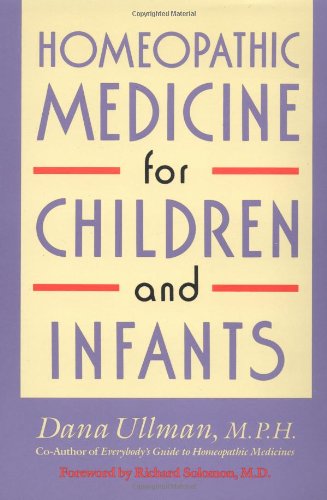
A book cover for Homeopathic Medicine for Children and Infants; Dana Ullman; Health, Fitness & Dieting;